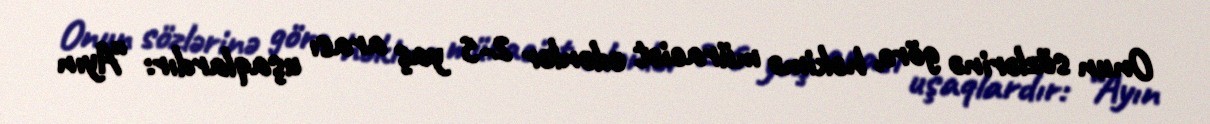
Onun sözlərinə görə, həkimə müraciət edənlər 2-5 yaş arası uşaqlardır: “Ayın